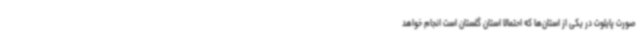
صورت پایلوت در یکی از استان‌ها که احتمالا استان گلستان است انجام خواهد